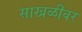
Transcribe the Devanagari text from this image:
साखळीवर